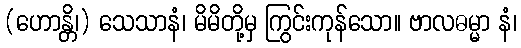
(ဟောန္တိ၊) သေသာနံ၊ မိမိတို့မှ ကြွင်းကုန်သော။ ဗာလဓမ္မာ နံ၊